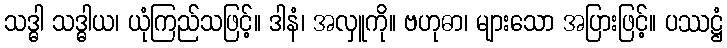
သဒ္ဓါ သဒ္ဓါယ၊ ယုံကြည်သဖြင့်။ ဒါနံ၊ အလှူကို။ ဗဟုဓာ၊ များသော အပြားဖြင့်။ ပဿဋ္ဌံ